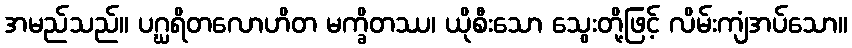
အမည်သည်။ ပဂ္ဃရိတလောဟိတ မက္ခိတဿ၊ ယိုစီးသော သွေးတို့ဖြင့် လိမ်းကျံအပ်သော။